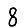
Digit: 8